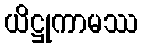
ယိဋ္ဌုကာမဿ